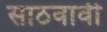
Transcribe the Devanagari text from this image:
साठवावी